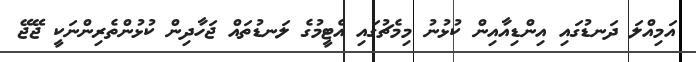
އަމިއްލަ ދަނޑުގައި އިންޑިއާއިން ކުޅުނު މިމެޗުގައި އެޓީމުގެ ލަނޑުތައް ޖަހާދިން ކުޅުންތެރިންނަކީ ޖޭޖޭ